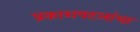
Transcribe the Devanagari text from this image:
प्रकाशपटलांचा